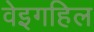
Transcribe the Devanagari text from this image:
वेइगहिल